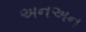
અનઅન